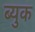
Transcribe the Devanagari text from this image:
ब्युक